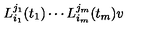
L _ { i _ { 1 } } ^ { j _ { 1 } } ( t _ { 1 } ) \cdots L _ { i _ { m } } ^ { j _ { m } } ( t _ { m } ) v